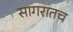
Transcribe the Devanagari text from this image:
सागरातच